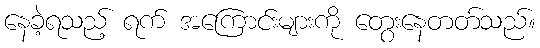
နေခဲ့ရသည့် ရက် အကြောင်းများကို တွေးနေတတ်သည်။